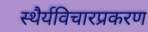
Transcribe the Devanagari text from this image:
स्थैर्यविचारप्रकरण